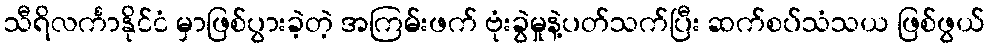
သီရိလင်္ကာနိုင်ငံ မှာဖြစ်ပွားခဲ့တဲ့ အကြမ်းဖက် ဗုံးခွဲမှုနဲ့ပတ်သက်ပြီး ဆက်စပ်သံသယ ဖြစ်ဖွယ်